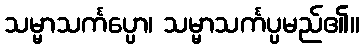
သမ္မာသင်္ကပ္ပော၊ သမ္မာသင်္ကပ္ပမည်၏။